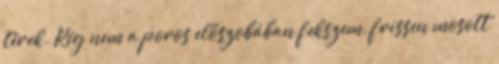
térek. Rég nem a poros előszobában fekszem, frissen mosott